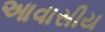
આવાસીય